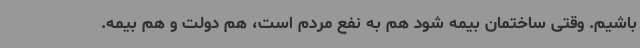
باشیم. وقتی ساختمان بیمه شود هم به نفع مردم است، هم دولت و هم بیمه.